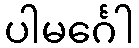
ပါမင်္ဂေါ